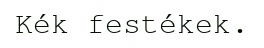
Kék festékek.